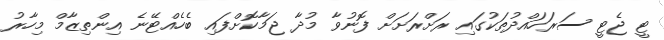
ޓީ ޖެޓީ ސަރަހައްދުތަކުގައި ރަށްރަށަށް ފޮނުވާ މުދާ ޖަމާކޮށްފައި ބެހެއްޓޭނެ އިންތިޒާމް މިހާރު